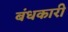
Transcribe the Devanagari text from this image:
बंधकारी